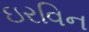
ઇરવિન